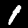
Digit: 1